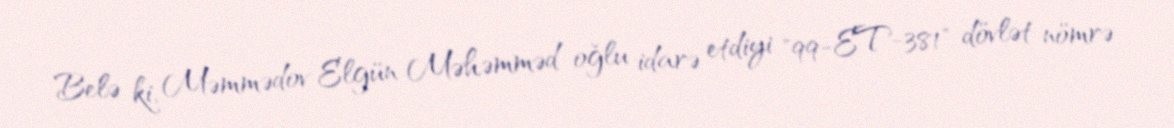
Belə ki, Məmmədov Elgün Məhəmməd oğlu idarə etdiyi "99-ET-381" dövlət nömrə